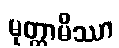
မုတ္တာမိဿာ